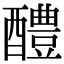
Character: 醴